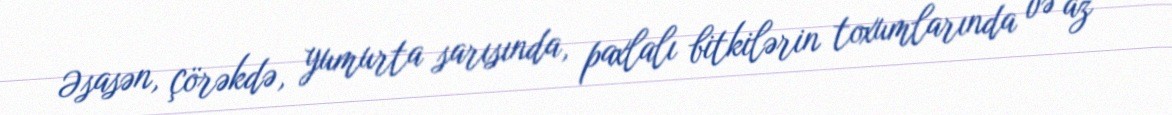
Əsasən, çörəkdə, yumurta sarısında, paxlalı bitkilərin toxumlarında və az